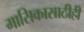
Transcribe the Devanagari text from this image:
मासिकासाठीही